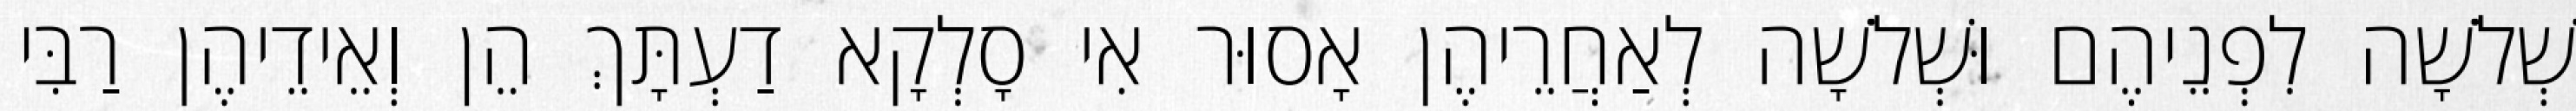
שְׁלֹשָׁה לִפְנֵיהֶם וּשְׁלֹשָׁה לְאַחֲרֵיהֶן אָסוּר אִי סָלְקָא דַעְתָּךְ הֵן וְאֵידֵיהֶן רַבִּי